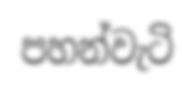
පහන්වැටි